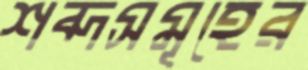
শব্দসমূহের